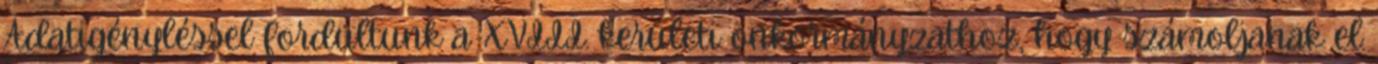
Adatigényléssel fordultunk a XVIII. kerületi önkormányzathoz, hogy számoljanak el